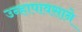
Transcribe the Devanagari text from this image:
उन्हापावसाने